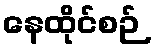
နေထိုင်စဉ်